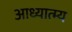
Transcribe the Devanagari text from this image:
आध्यात्म्य